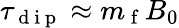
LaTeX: \tau_{\mathrm{~d~i~p~}}\approx m_{\mathrm{~f~}}B_{0}